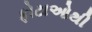
ફોટાઓથી